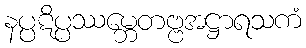
နပ္ပဋိပ္ပဿမ္ဘေတဗ္ဗအဋ္ဌာရသကံ